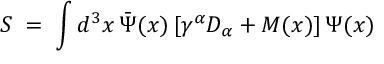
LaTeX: S \; = \; \int d ^ { 3 } x \, { \bar { \Psi } } ( x ) \, [ \gamma ^ { \alpha } D _ { \alpha } + M ( x ) ] \, \Psi ( x )